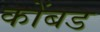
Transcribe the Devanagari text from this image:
कोंबड